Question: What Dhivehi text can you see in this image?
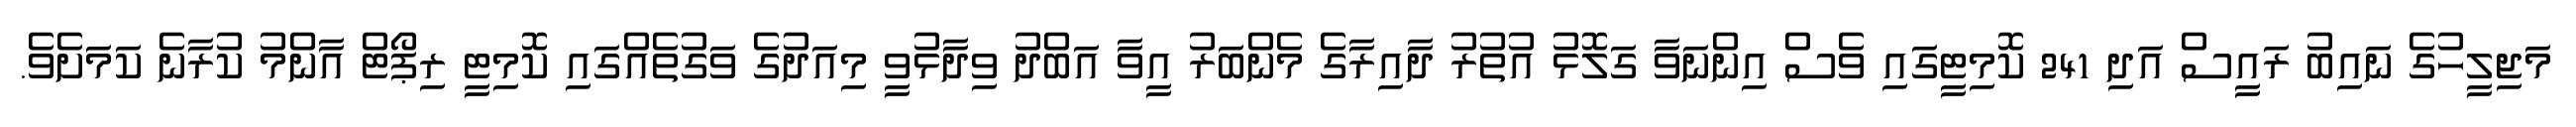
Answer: މަޖިލީހުގެ ނައިބު ރައީސް އަދި 241 ކޮމިޓީގައި ވެސް އިންނަވާ ގަލޮޅު އުތުރު ދާއިރާގެ މެންބަރު އީވާ އަބްދު ވިދާޅުވީ މިއަދުގެ ވަގުތެއްގައި ކޮމިޓީ ރިޕޯޓް އާންމު ކުރާނެ ކަމަށެވެ.